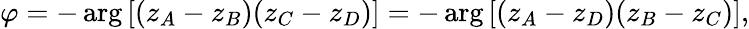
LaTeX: \varphi=-\arg\left[(z_{A}-z_{B})(z_{C}-z_{D})\right]=-\arg\left[(z_{A}-z_{D})(z_{B}-z_{C})\right],